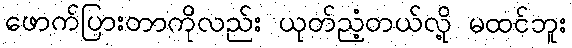
ဖောက်ပြားတာကိုလည်း ယုတ်ညံ့တယ်လို့ မထင်ဘူး